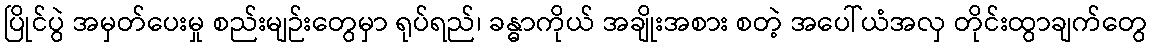
ပြိုင်ပွဲ အမှတ်ပေးမှု စည်းမျဉ်းတွေမှာ ရုပ်ရည်၊ ခန္ဓာကိုယ် အချိုးအစား စတဲ့ အပေါ်ယံအလှ တိုင်းထွာချက်တွေ